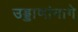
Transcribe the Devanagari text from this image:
उड्डाणांमागे